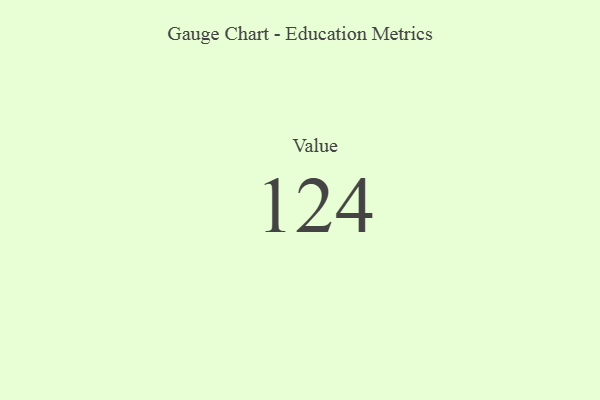
{"axis": {"x": "Metric", "y": "Value"}, "legend": [""], "data": [{"x": "Value", "y": 124, "type": ""}]}